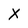
Character: X